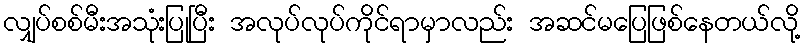
လျှပ်စစ်မီးအသုံးပြုပြီး အလုပ်လုပ်ကိုင်ရာမှာလည်း အဆင်မပြေဖြစ်နေတယ်လို့